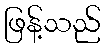
ဖြန့်သည်